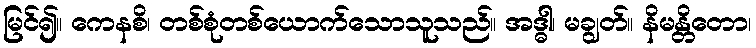
မြင်၍။ ကေနစိ၊ တစ်စုံတစ်ယောက်သောသူသည်။ အဒ္ဓါ၊ မချွတ်။ နိမန္တိတော၊